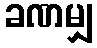
ခဏမျှ